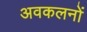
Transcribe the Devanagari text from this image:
अवकलनों